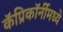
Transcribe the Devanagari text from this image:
कॅप्रिकॉर्नीमध्ये